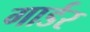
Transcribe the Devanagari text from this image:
गार्डर